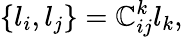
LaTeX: \{ l_{i},l_{j}\} =\mathbb{C}_{ij}^{k}l_{k},